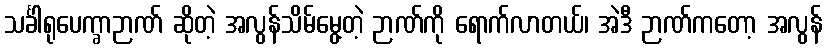
သင်္ခါရုပေက္ခာဉာဏ် ဆိုတဲ့ အလွန်သိမ်မွေ့တဲ့ ဉာဏ်ကို ရောက်လာတယ်၊ အဲဒီ ဉာဏ်ကတော့ အလွန်